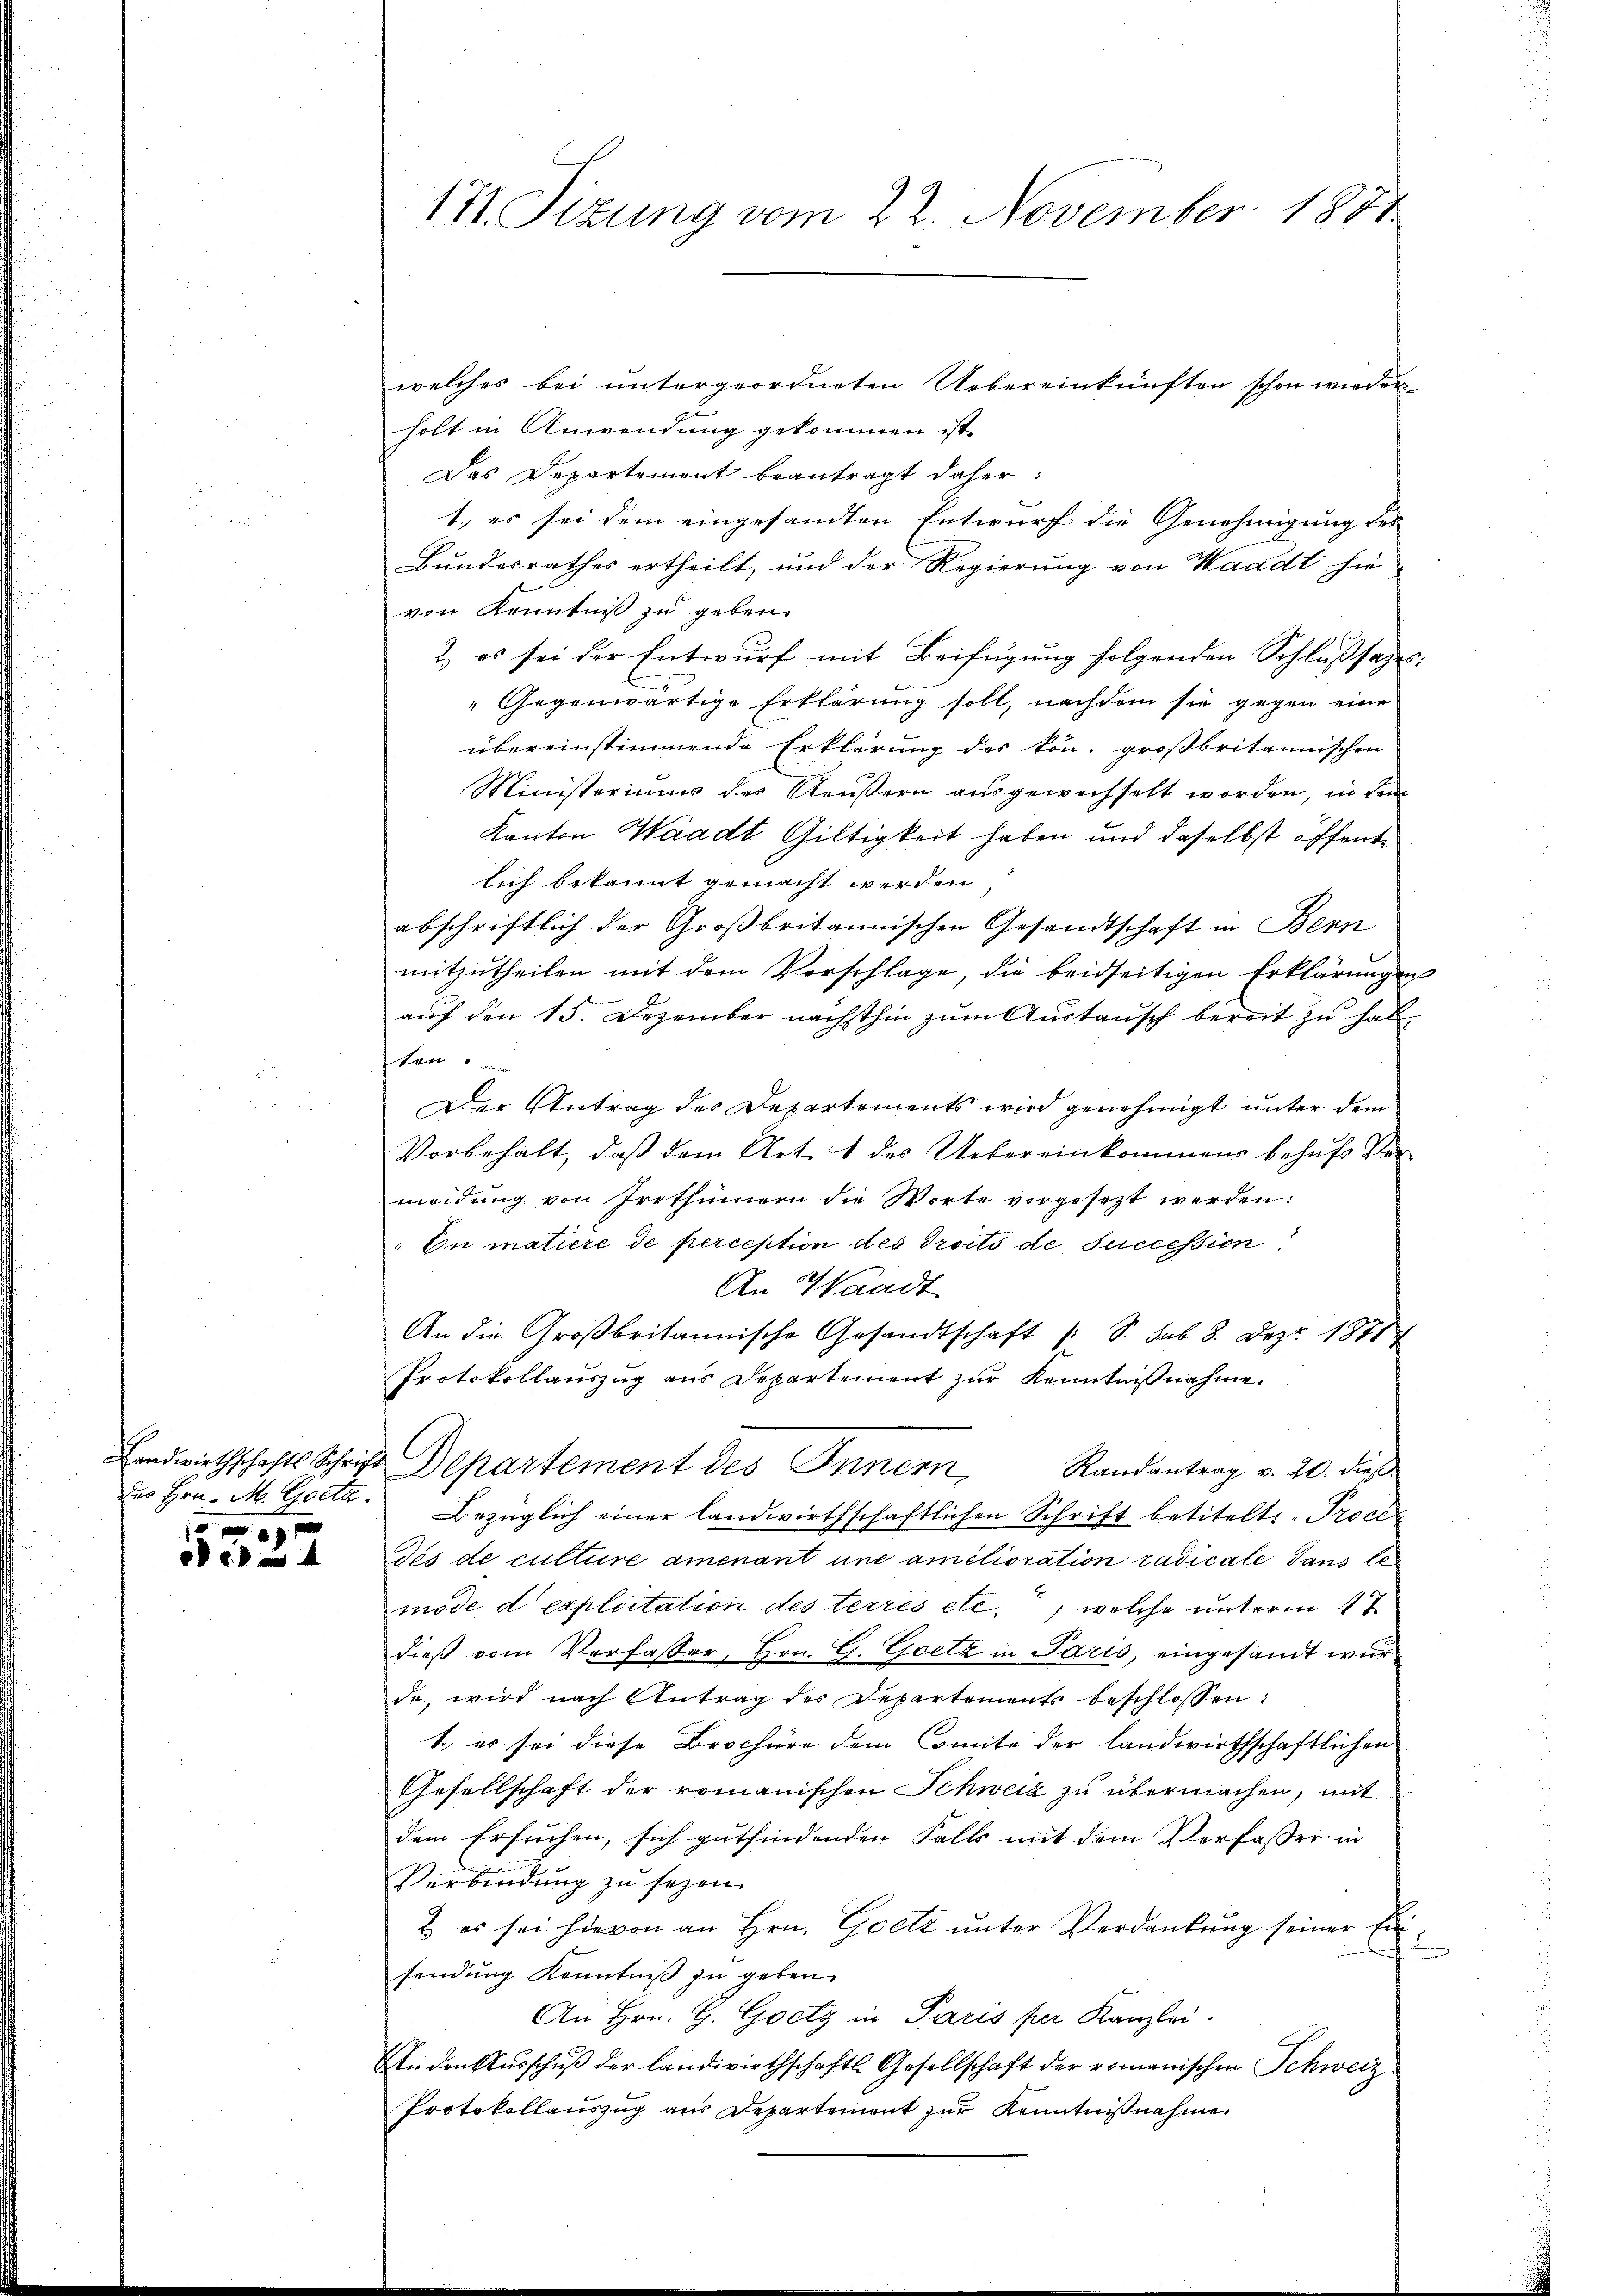
Landwirthschafts Schrift
Des Hrn. M. Gocta.

f 0 x

171. Sizung vom 22. November 1881

welches bei untergeordneten Uebereinkünften schon wieder¬
2 x
holt in Anwendung gekommen ist,
Das Departement beantragt daher:
1.) es sei dem eingesandten Entwurf die Genehmigung des
Bundesrathes ertheilt, und der Regierung von Waadt hie
von Kenntniß zu geben.
2. es sei der Entwurf mit Beifügung folgenden Schlußsatzes:
Gegenwärtige Erklärung soll, nachdem sie gegen eine
übereinstimmende Erklärung des kön- großbritannischen
Ministeriums der Aeußern ausgewechselt worden, in dem
Kanton Waadt Giltigkeit haben und daselbst öffende
lich bekannt gemacht werden,
abschriftlich der Großbritannischen Gesandtschaft in Benn
mitzutheilen mit dem Vorschlage, die beidseitigen Erklärungen
auf den 15. Dezember nächsthin zum Austausch bereit zu halten
Der Antrag der Departements wird genehmigt unter dem
Vorbehalt, daß dem Art. 1 des Uebereinkommens behufs Vermeidung von Irrthümern die Worte vorgesetzt werden:
En matiere de perception des droits de succession
An Waadt
An die Großbritannische Gesandtschaft (S. sub. 8. Dez. 18714
Protokollauszug aus Departement zur Kenntnißnahme.
Departement des Innern,
Randantrag v. 20. dieß.
Bezüglich einer landwirthschaftlichen Schrift betitelte Proce
dis de culture amenant und amélioration radicale dans le
mode d exploitation des terres etc., welche unterm 17
dieß vom Verfasser, Hrn. G. Gsetz in Paris, eingesandt wur
de, wird nach Antrag des Departements beschlossen:
1., es sei diese Brochüre dem Comite der landwirthschaftlichen
Gesellschaft der romanischen Schweiz zu übermachen, mit
dem Ersuchen, sich gutfindenden Falls mit dem Verfasser in
Verbindung zu sezen.
& es sei hievon an Hrn. Goetz unter Verdankung seiner Einsendung Kenntniß zu geben.
An Hrn. G. Goetz in Paris per Kanzlei.
Anden Ausschuß der Landwirthschaftl. Gesellschaft der romanischen Schweiz.
Protokollauszug aus Departement zur Kenntnißnahme